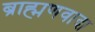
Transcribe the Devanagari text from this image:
ब्राह्मणवादा